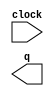
module lpm_counter4371 (
	clock,
	q);

	input	  clock;
	output	[0:0]  q;

endmodule